Annual report of the Bengal Veterinary College and of the Civil Veterinary Department, Bengal, for the year 1911-1912 - 1911-1912
Year: 1911
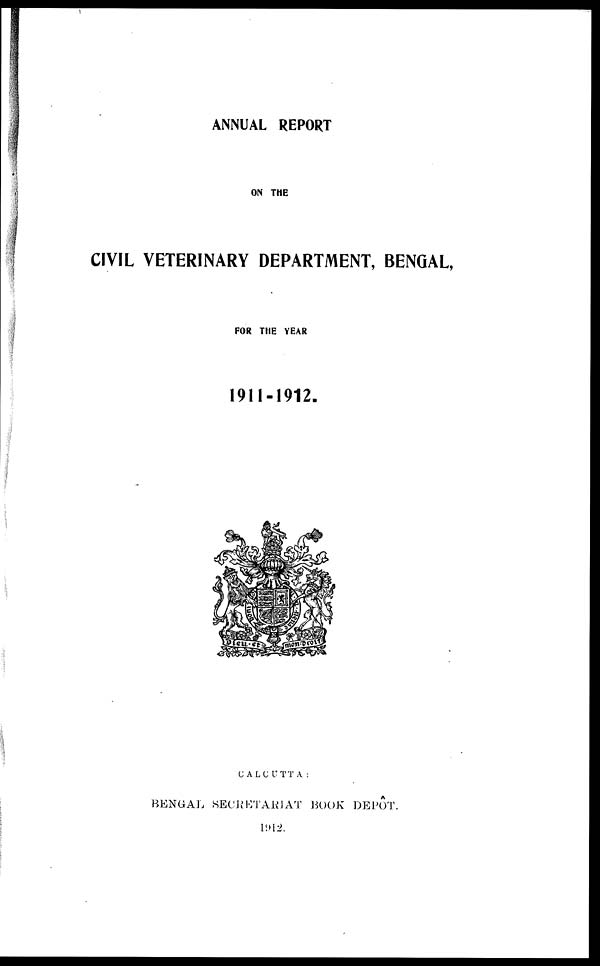
ANNUAL REPORT
ON THE
CIVIL VETERINARY DEPARTMENT, BENGAL,
FOR THE YEAR
1911-1912.
CALCUTTA:
BENGAL SECRETARIAT BOOK DEPOT.
1912.